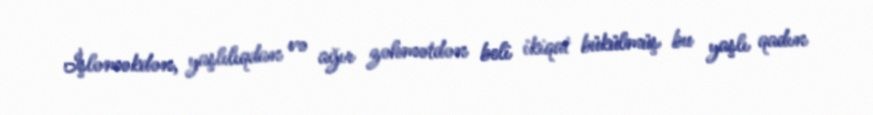
İşləməkdən, yaşlılıqdan və ağır zəhmətdən beli ikiqat bükülmüş bu yaşlı qadın